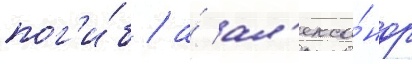
пог'и́б / а́ ал'екса́ндр